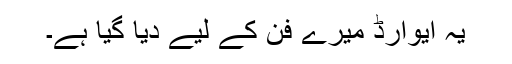
یہ ایوارڈ میرے فن کے لیے دیا گیا ہے۔